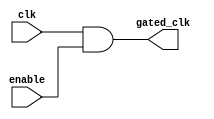
module ClockGatingCell (
    input wire clk,          // Original clock signal
    input wire enable,       // Gating signal (enable/disable)
    output wire gated_clk    // Gated clock output
);
    assign gated_clk = clk & enable; // AND gate for clock gating
endmodule